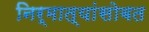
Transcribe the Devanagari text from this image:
निर्मात्यांसोबत